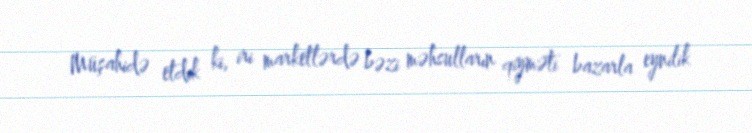
Müşahidə etdik ki, iri marketlərdə bəzi məhsulların qiyməti bazarla eynilik